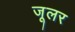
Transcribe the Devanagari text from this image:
जूलर